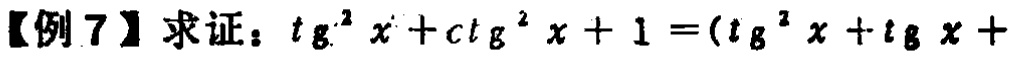
【例 7】求证：\(tg^{2}x + ctg^{2}x + 1=(tg^{2}x + tg x +\)